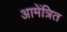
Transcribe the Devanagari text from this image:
आमेंत्रित